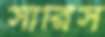
সারিস